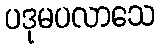
ပဒုမပလာသေ